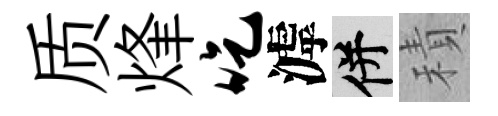
质烽吃滹并積